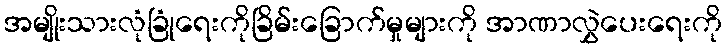
အမျိုးသားလုံခြုံရေးကိုခြိမ်းခြောက်မှုများကို အာဏာလွှဲပေးရေးကို